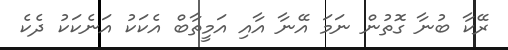
ރޭކާ ބުނާ ގޮތުން ނަމަ އޭނާ އާއި އަމީތާބް އެކަކު އަނެކަކު ދެކެ